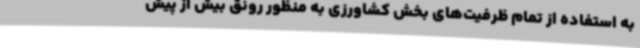
به استفاده از تمام ظرفیت‌های بخش کشاورزی به منظور رونق بیش از پیش